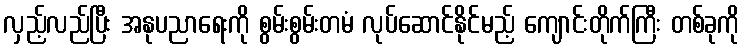
လှည့်လည်ပြီး အနုပညာရေးကို စွမ်းစွမ်းတမံ လုပ်ဆောင်နိုင်မည့် ကျောင်းတိုက်ကြီး တစ်ခုကို